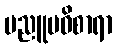
ပညူပဝိစာရာ